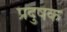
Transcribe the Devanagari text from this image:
प्रदुषक